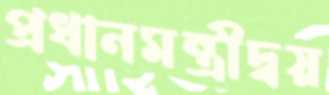
প্রধানমন্ত্রীদ্বয়